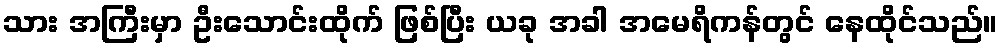
သား အကြီးမှာ ဦးသောင်းထိုက် ဖြစ်ပြီး ယခု အခါ အမေရိကန်တွင် နေထိုင်သည်။